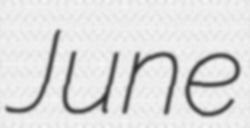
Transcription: June